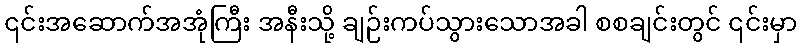
၎င်းအဆောက်အအုံကြီး အနီးသို့ ချဉ်းကပ်သွားသောအခါ စစချင်းတွင် ၎င်းမှာ